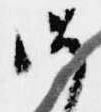
御